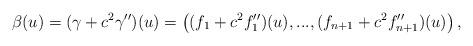
LaTeX: \begin{align*}\beta (u)=(\gamma +c^{2}\gamma ^{\prime \prime })(u)=\left((f_{1}+c^{2}f_{1}^{\prime \prime })(u),...,(f_{n+1}+c^{2}f_{n+1}^{\prime\prime })(u)\right) , \end{align*}